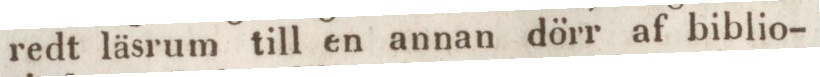
redt läsrum till en annan dörr af biblio-